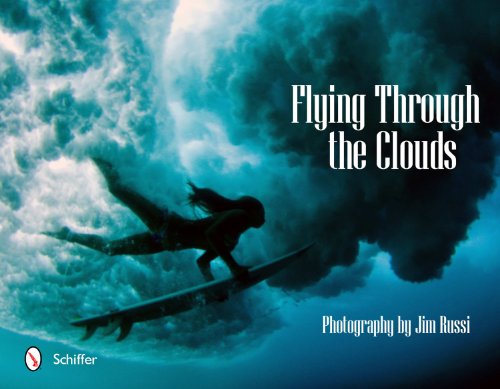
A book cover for Flying Through the Clouds: Surf Photography of Jim Russi; Jim Russi; Arts & Photography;